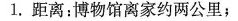
1.距离：博物馆离家约两公里；